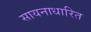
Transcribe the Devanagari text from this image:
सायनाधारित